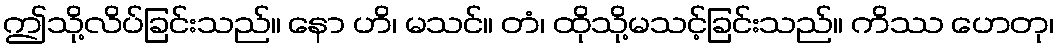
ဤသို့လိပ်ခြင်းသည်။ နော ဟိ၊ မသင်။ တံ၊ ထိုသို့မသင့်ခြင်းသည်။ ကိဿ ဟေတု၊